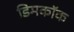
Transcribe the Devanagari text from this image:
डिमकॉक